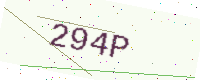
Text: 294P